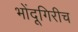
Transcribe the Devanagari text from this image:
भोंदूगिरीच